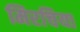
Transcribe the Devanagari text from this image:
मिरचिया